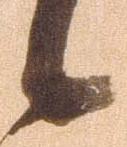
候